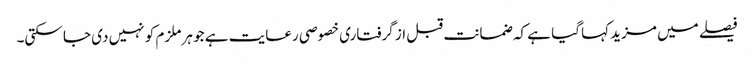
فیصلے میں مزید کہا گیا ہے کہ ضمانت قبل از گرفتاری خصوصی رعایت ہے جو ہر ملزم کو نہیں دی جا سکتی۔